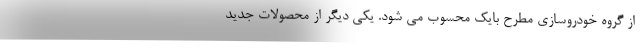
از گروه خودروسازی مطرح بایک محسوب می شود. یکی دیگر از محصولات جدید